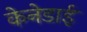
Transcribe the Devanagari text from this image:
केनेडाई